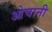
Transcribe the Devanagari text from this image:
ओचानी